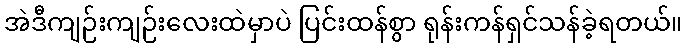
အဲဒီကျဉ်းကျဉ်းလေးထဲမှာပဲ ပြင်းထန်စွာ ရုန်းကန်ရှင်သန်ခဲ့ရတယ်။